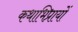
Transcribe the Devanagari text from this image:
कथाभिप्रायों